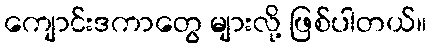
ကျောင်းဒကာတွေ များလို့ ဖြစ်ပါတယ်။